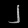
Digit: ၂